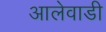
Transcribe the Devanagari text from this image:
आलेवाडी